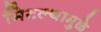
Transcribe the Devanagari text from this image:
मिटल्यामुळे